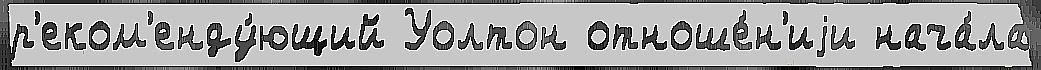
р'еком'енду́ющий Уолтон отноше́н'иjи нача́ла